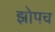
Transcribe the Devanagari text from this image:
झोपच